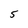
Character: 5